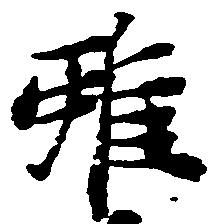
雖